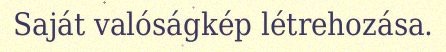
Saját valóságkép létrehozása.